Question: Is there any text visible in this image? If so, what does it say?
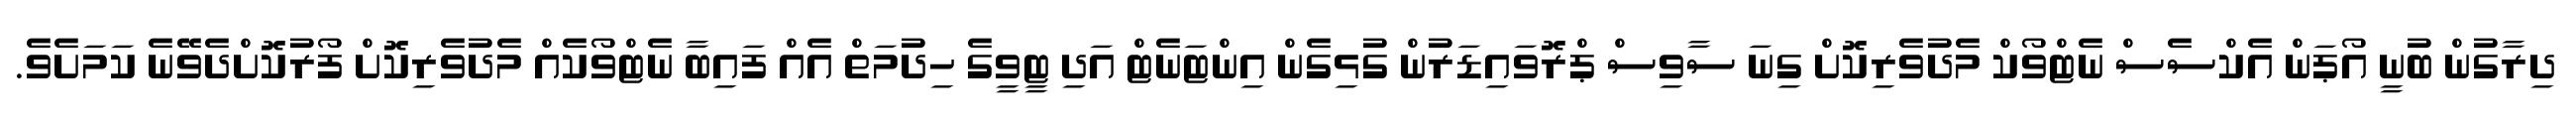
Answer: ދިރާގުން ބުނީ އޯޕަން އެކްސެސް ނެޓްވޯކް މެދުވެރިކޮށް ގިނަ ސާވިސް ޕްރޮވައިޑަރުން ގުޅިގެން އިންޓަނެޓް އަދި ޓީވީގެ ހިދުމަތް އެއް ފައިބާ ނެޓްވޯކެއް މެދުވެރިކޮށް ފޯރުކޮށްދެވޭނެ ކަމަށެވެ.